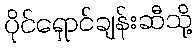
ပိုင်ရှောင်ချန်းဆီသို့